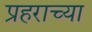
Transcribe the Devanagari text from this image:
प्रहराच्या